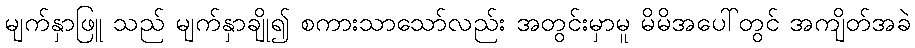
မျက်နှာဖြူ သည် မျက်နှာချို၍ စကားသာသော်လည်း အတွင်းမှာမူ မိမိအပေါ်တွင် အကျိတ်အခဲ